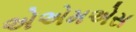
એએમએસ